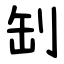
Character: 㓡